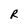
Character: R